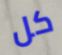
كل